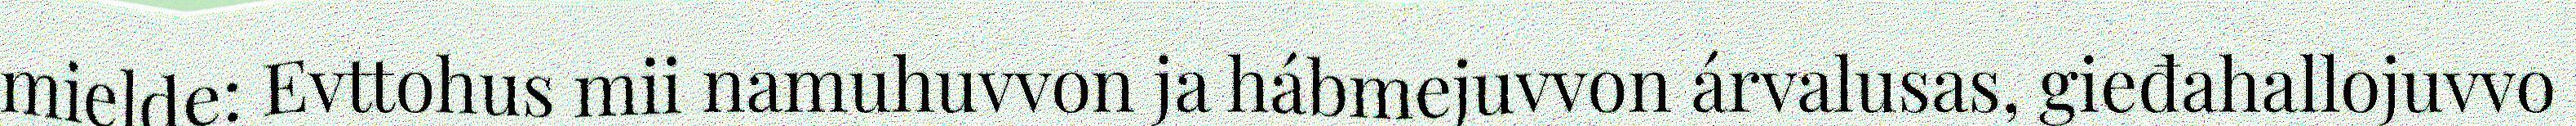
mielde: Evttohus mii namuhuvvon ja hábmejuvvon árvalusas, gieđahallojuvvo